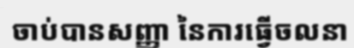
ចាប់បានសញ្ញា នៃការធ្វើចលនា